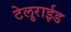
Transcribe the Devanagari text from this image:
टेलुराईड